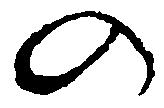
の